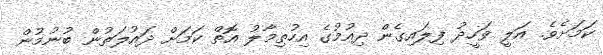
ކަމަށެވެ. އަލީ ވަހީދު ފިލައިގެން ދިއުމުގެ އިހުތިމާލު އޮތް ކަމަށް ދައުލަތުން ބުނުމުން